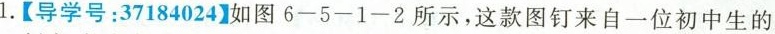
1.【导学号：37184024】如图6-5-1-2所示，这款图钉来自一位初中生的